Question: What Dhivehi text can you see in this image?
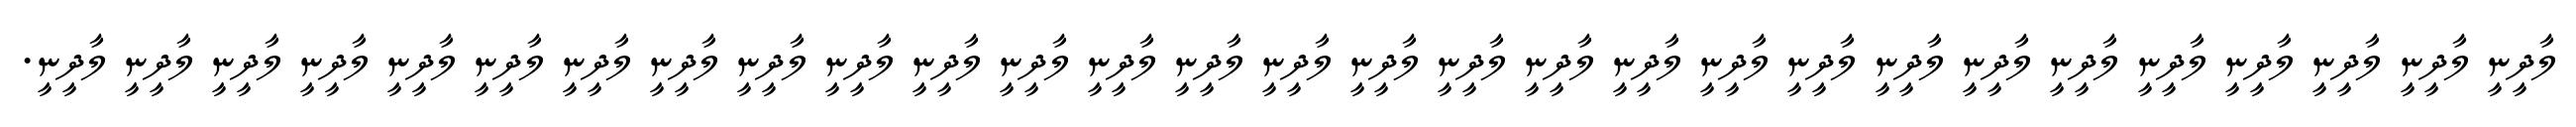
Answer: ލާދީނީ ލާދީނީ ލާދީނީ ލާދީނީ ލާދީނީ ލާދީނީ ލާދީނީ ލާދީނީ ލާދީނީ ލާދީނީ ލާދީނީ ލާދީނީ ލާދީނީ ލާދީނީ ލާދީނީ ލާދީނީ ލާދީނީ ލާދީނީ ލާދީނީ ލާދީނީ ލާދީނީ ލާދީނީ ލާދީނީ ލާދީނީ ލާދީނީ ލާދީނީ ލާދީނީ ލާދީނީ ލާދީނީ.